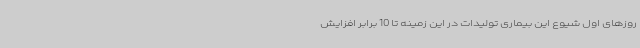
روزهای اول شیوع این بیماری تولیدات در این زمینه تا 10 برابر افزایش